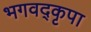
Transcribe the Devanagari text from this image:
भगवद्कृपा